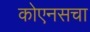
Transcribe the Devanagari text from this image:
कोएनसचा